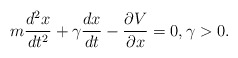
\begin{align*}m\frac{d^2x}{dt^2}+\gamma\frac{dx}{dt} -\frac{\partial V}{\partial x}=0, \gamma>0.\end{align*}